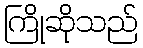
ကြိုဆိုသည်